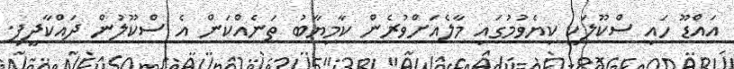
އައްޑޫ ހައި ސްކޫލަކީ ކިޔެވުމުގައި މާލެއަށްވުރެން ކާމިޔާބު ތަނެއްކަން އެ ސްކޫލުން ދައްކާދީފި.